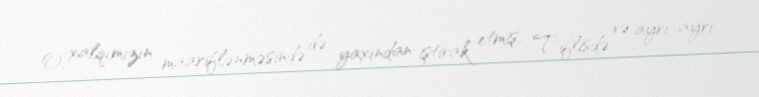
O, xalqımızın maariflənməsində də yaxından iştirak etmiş, Tiflisdə və ayrı-ayrı